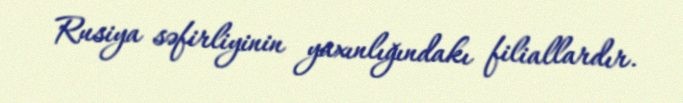
Rusiya səfirliyinin yaxınlığındakı filiallardır.